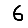
Digit: 6